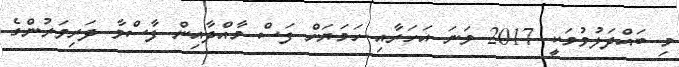
މި ބައްދަލުވުމަކީ 2017 ވަނަ އަހަރާއި ހަމަޔަށް ފަސް މާއްދާއިން ފާސްވާ ދަރިވަރުންގެ